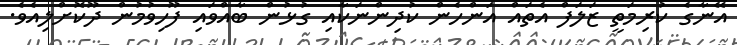
އޭނާގެ ކުރިމަތީ ޒަލަފް އެތައް އަންހެން ކުދިންނަކާއި ގުޅުން ބާއްވައި ފޫހިވުމުން ދޫކޮށްލިއެވެ.